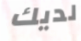
لديك